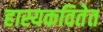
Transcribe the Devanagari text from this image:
हास्यकवितेत